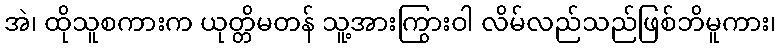
အဲ၊ ထိုသူစကားက ယုတ္တိမတန် သူ့အားကြွားဝါ လိမ်လည်သည်ဖြစ်ဘိမူကား၊